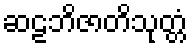
ဆဠဘိဇာတိသုတ္တံ